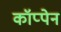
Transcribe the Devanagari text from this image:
कॉप्पेन